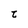
Character: t